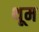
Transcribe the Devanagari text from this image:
थूम